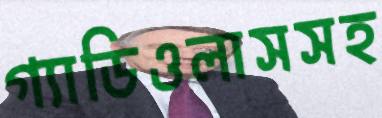
গ্যাডিওলাসসহ